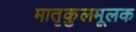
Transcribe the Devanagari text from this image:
मातृकुलमूलक